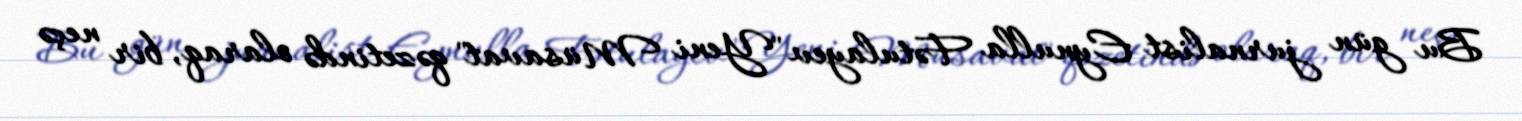
Bu gün jurnalist Eynulla Fətulayev "Yeni Müsavat" qəzetində olaraq, bir neçə